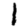
Digit: 1